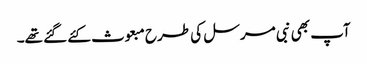
آپ بھی نبی مرسل کی طرح مبعوث کئے گئے تھے۔